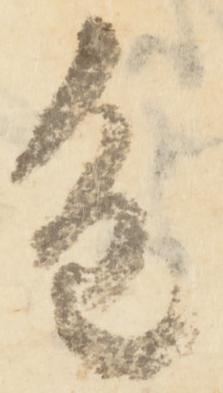
重